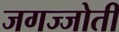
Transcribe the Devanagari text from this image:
जगज्जोती